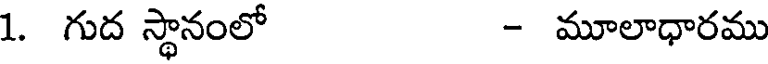
1. గుద స్థానంలో - మూలాధారము